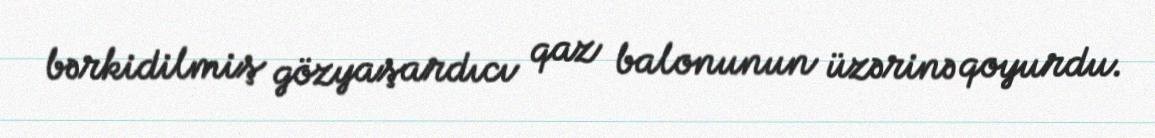
bərkidilmiş gözyaşardıcı qaz balonunun üzərinə qoyurdu.